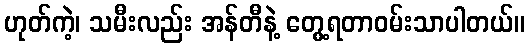
ဟုတ်ကဲ့၊ သမီးလည်း အန်တီနဲ့ တွေ့ရတာဝမ်းသာပါတယ်။